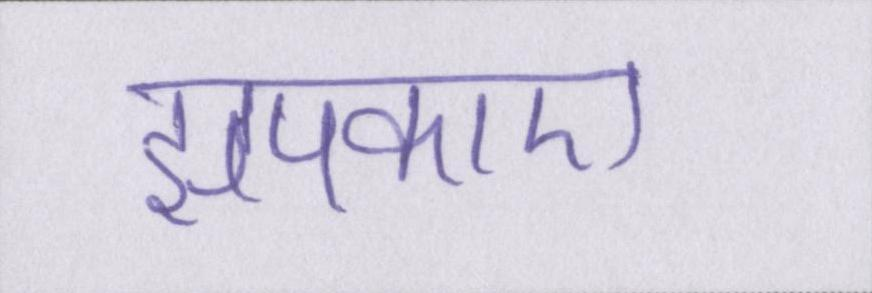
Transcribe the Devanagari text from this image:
झपकाए